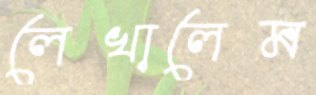
লেখালেম